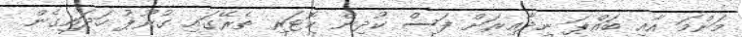
މަންމަ އާއި ބައްޕަ ނިދާއިރަށް ފަސް ކުދިން ކޮޓަރި ތެރޭގައި ގުރޫޕު ހަދައިގެން